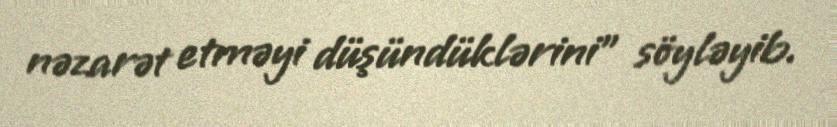
nəzarət etməyi düşündüklərini” söyləyib.